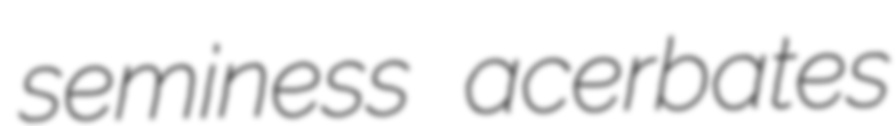
seminess acerbates